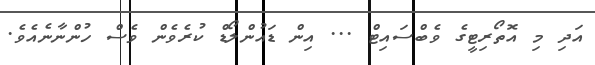
އަދި މި އޮތޯރިޓީގެ ވެބްސައިޓް ... އިން ޑައުންލޯޑް ކުރެވެން ވެސް ހުންނާނެއެވެ.